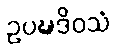
ဥပဍ္ဎဒိဝသံ